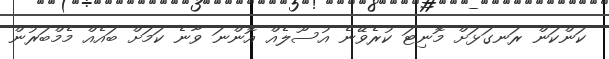
ކަންކަން ރަނގަޅަށް މޮނިޓަ ކުރެވޭނެ އުސޫލެއް އޮންނަ ވާނެ ކަމަށް ބައެއް މެމްބަރުން